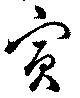
賓